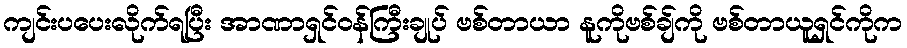
ကျင်းပပေးလိုက်ရပြီး အာဏာရှင်ဝန်ကြီးချုပ် ဗစ်တာယာ နူကိုဗစ်ချ်ကို ဗစ်တာယူရှင်ကိုက